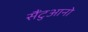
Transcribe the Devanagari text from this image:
सैंटुआनो